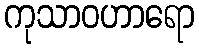
ကုသာဝဟာရော